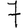
Digit: 7